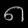
Digit: ၈